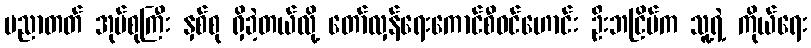
ပညာတတ် အုပ်စုကြီး နှစ်စု ရှိခဲ့တယ်လို့ တော်လှန်ရေးကောင်စီဝင်ဟောင်း ဦးဘငြိမ်က သူ့ရဲ့ ကိုယ်ရေး